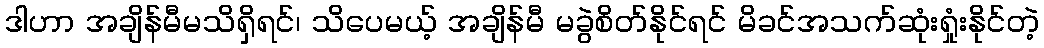
ဒါဟာ အချိန်မီမသိရှိရင်၊ သိပေမယ့် အချိန်မီ မခွဲစိတ်နိုင်ရင် မိခင်အသက်ဆုံးရှုံးနိုင်တဲ့